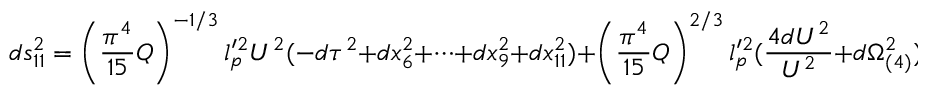
d s _ { 1 1 } ^ { 2 } = \left( \frac { \pi ^ { 4 } } { 1 5 } Q \right) ^ { - 1 / 3 } l _ { p } ^ { \prime 2 } U ^ { 2 } ( - d \tau ^ { 2 } + d x _ { 6 } ^ { 2 } + \cdots + d x _ { 9 } ^ { 2 } + d x _ { 1 1 } ^ { 2 } ) + \left( \frac { \pi ^ { 4 } } { 1 5 } Q \right) ^ { 2 / 3 } l _ { p } ^ { \prime 2 } ( \frac { 4 d U ^ { 2 } } { U ^ { 2 } } + d \Omega _ { ( 4 ) } ^ { 2 } )